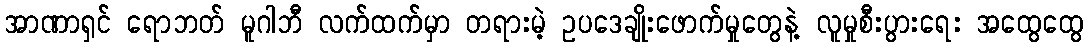
အာဏာရှင် ရောဘတ် မူဂါဘီ လက်ထက်မှာ တရားမဲ့ ဥပဒေချိုးဖောက်မှုတွေနဲ့ လူမှုစီးပွားရေး အထွေထွေ